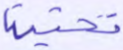
تحتية